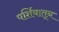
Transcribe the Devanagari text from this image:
पर्शियातून